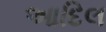
આદિલ